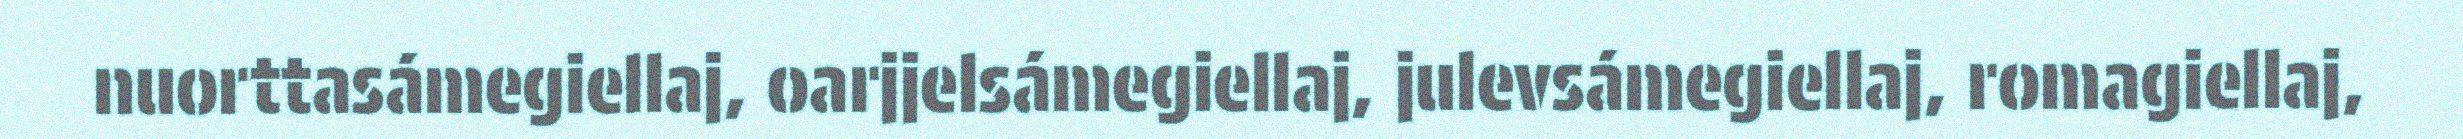
nuorttasámegiellaj, oarjjelsámegiellaj, julevsámegiellaj, romagiellaj,